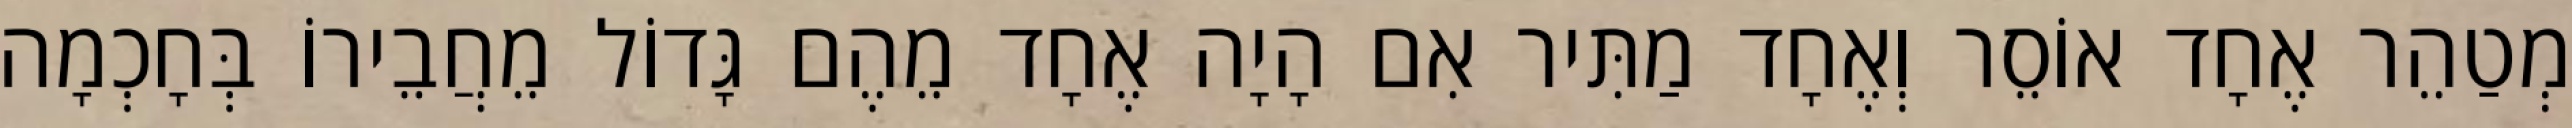
מְטַהֵר אֶחָד אוֹסֵר וְאֶחָד מַתִּיר אִם הָיָה אֶחָד מֵהֶם גָּדוֹל מֵחֲבֵירוֹ בְּחָכְמָה